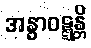
အနွာဝဋ္ဋန္တိ